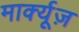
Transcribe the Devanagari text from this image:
मार्क्यूज़